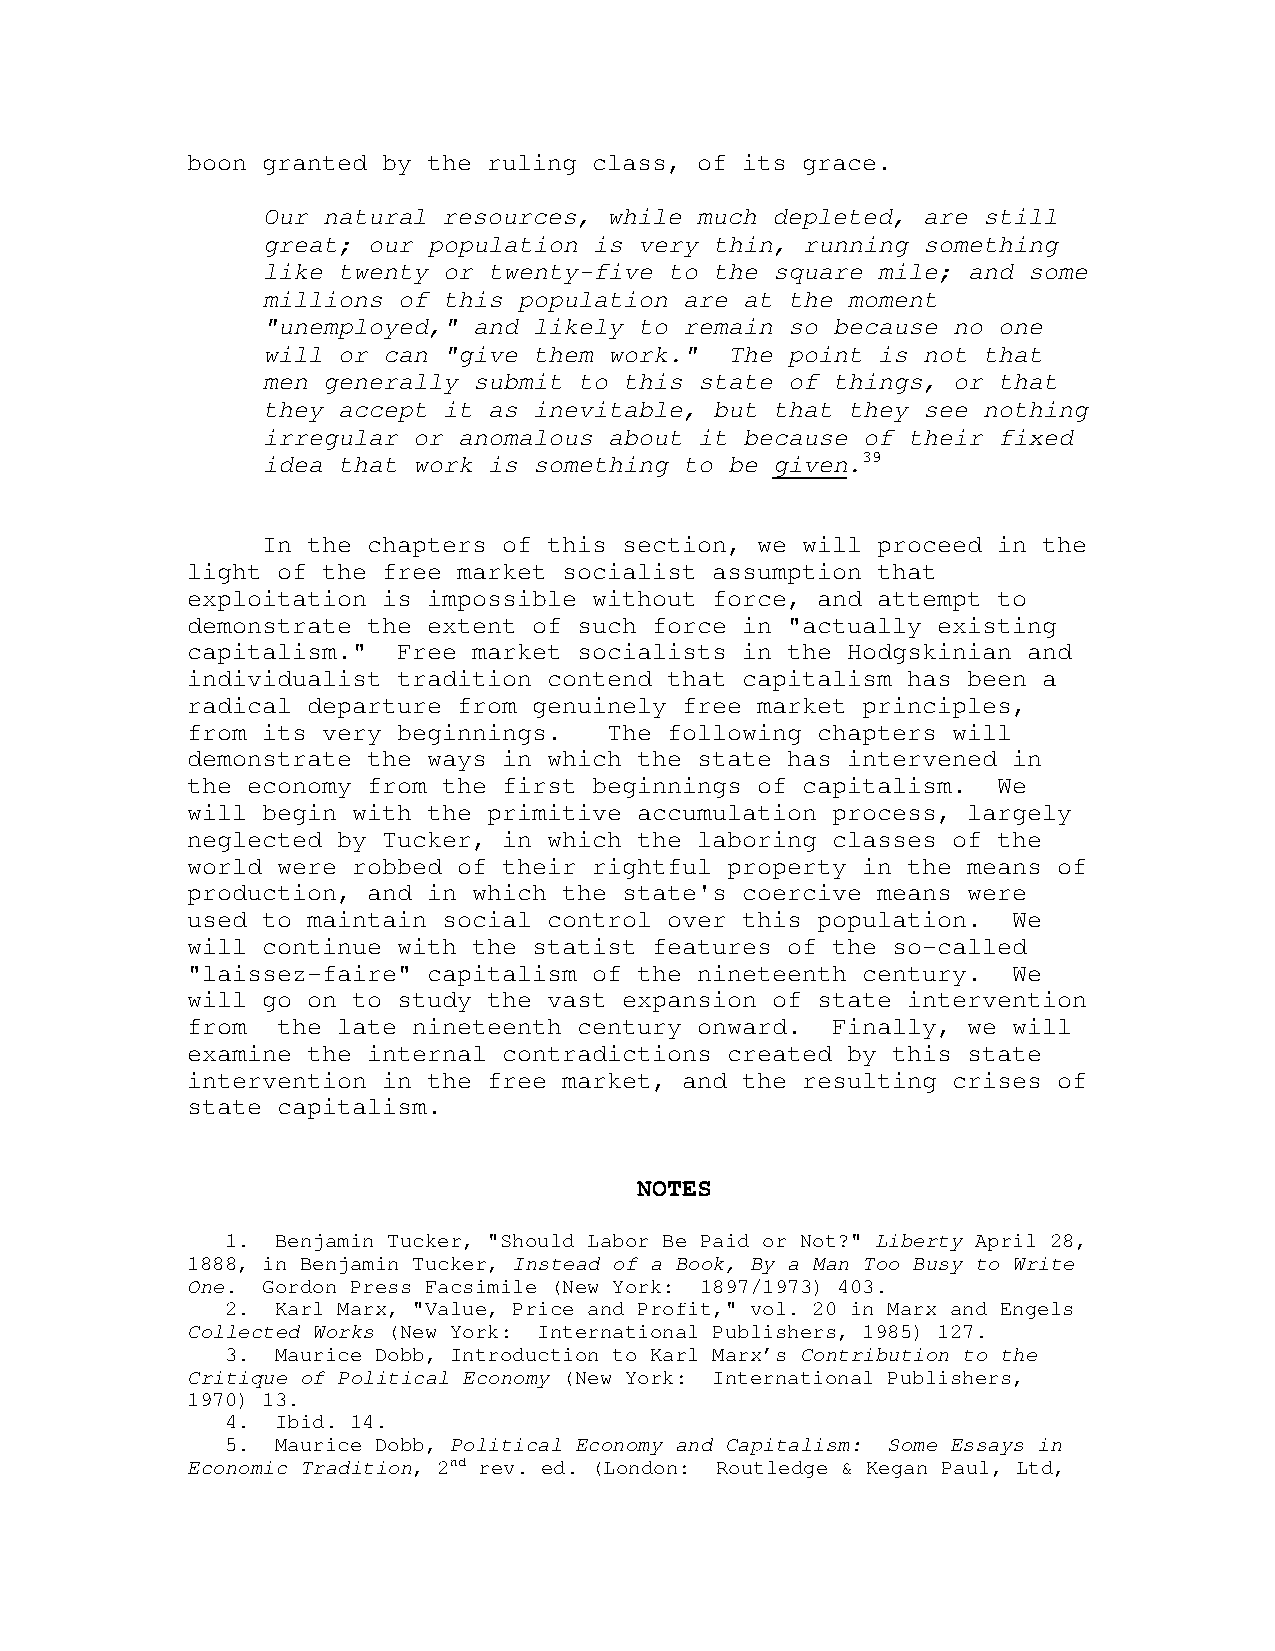
boon granted by the ruling class, of its grace.
 Our natural resources, while much depleted, are still
 great; our population is very thin, running something
 like twenty or twenty-five to the square mile; and some
 millions of this population are at the moment
 "unemployed," and likely to remain so because no one
 will or can "give them work."  The point is not that
 men generally submit to this state of things, or that
 they accept it as inevitable, but that they see nothing
 irregular or anomalous about it because of their fixed
 idea that work is something to be given.39
 In the chapters of this section, we will proceed in the
 light of the free market socialist assumption that
 exploitation is impossible without force, and attempt to
 demonstrate the extent of such force in "actually existing
 capitalism."  Free market socialists in the Hodgskinian and
 individualist tradition contend that capitalism has been a
 radical departure from genuinely free market principles,
 from its very beginnings.   The following chapters will
 demonstrate the ways in which the state has intervened in
 the economy from the first beginnings of capitalism.  We
 will begin with the primitive accumulation process, largely
 neglected by Tucker, in which the laboring classes of the
 world were robbed of their rightful property in the means of
 production, and in which the state's coercive means were
 used to maintain social control over this population.  We
 will continue with the statist features of the so-called
 "laissez-faire" capitalism of the nineteenth century.  We
 will go on to study the vast expansion of state intervention
 from  the late nineteenth century onward.  Finally, we will
 examine the internal contradictions created by this state
 intervention in the free market, and the resulting crises of
 state capitalism.
 NOTES
 1. Benjamin Tucker, "Should Labor Be Paid or Not?" Liberty April 28,
 1888, in Benjamin Tucker, Instead of a Book, By a Man Too Busy to Write
 One. Gordon Press Facsimile (New York: 1897/1973) 403.
 2. Karl Marx, "Value, Price and Profit," vol. 20 in Marx and Engels
 Collected Works (New York: International Publishers, 1985) 127.
 3. Maurice Dobb, Introduction to Karl Marx’s Contribution to the
 Critique of Political Economy (New York: International Publishers,
 1970) 13.
 4. Ibid. 14.
 5. Maurice Dobb, Political Economy and Capitalism: Some Essays in
 Economic Tradition, 2nd rev. ed. (London: Routledge & Kegan Paul, Ltd,